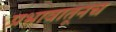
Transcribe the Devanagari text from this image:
प्रभावातूनच